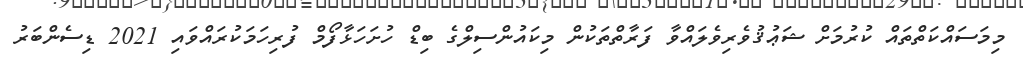
މިމަސައްކަތްތައް ކުރުމަށް ޝަޢުޤުވެރިވެލައްވާ ފަރާތްތަކުން މިކައުންސިލްގެ ބިޑް ހުށަހަޅާފޯމް ފުރިހަމަކުރައްވައި 2021 ޑިސެންބަރު